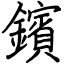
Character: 鑌